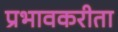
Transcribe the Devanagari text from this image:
प्रभावकरीता